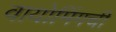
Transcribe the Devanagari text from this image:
वायोमिंगची